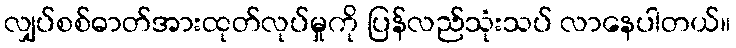
လျှပ်စစ်ဓာတ်အားထုတ်လုပ်မှုကို ပြန်လည်သုံးသပ် လာနေပါတယ်။